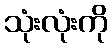
သုံးလုံးကို